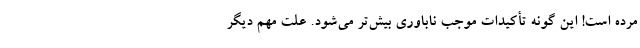
مرده است! این گونه تأکیدات موجب ناباوری بیش‌تر می‌شود. علت مهم دیگر